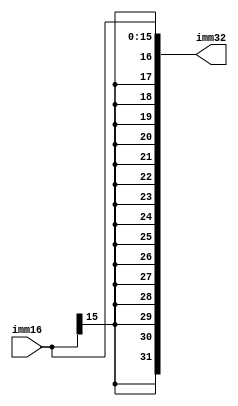
module signextension_16(input [15:0] imm16, output  [31:0] imm32);

	assign imm32[31:0] = { {16{imm16[15]}},imm16[15:0] };


endmodule